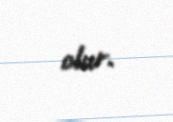
olur.